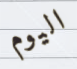
اليوم